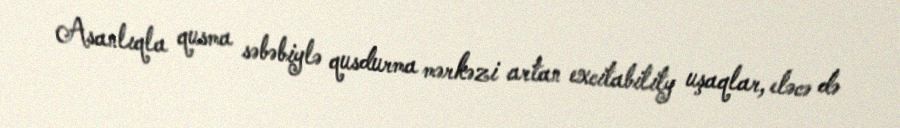
Asanlıqla qusma səbəbiylə qusdurma mərkəzi artan excitability uşaqlar, eləcə də